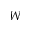
W